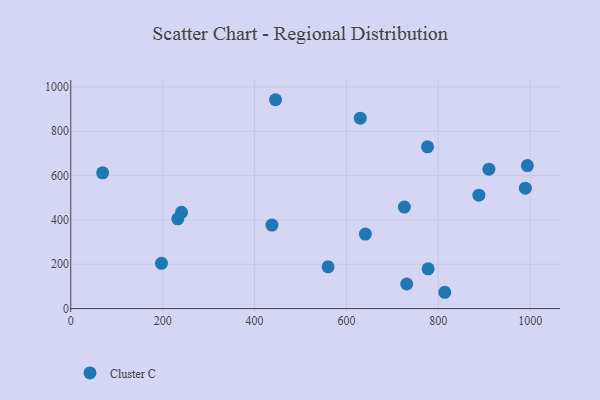
{"axis": {"x": "Distance", "y": "Yield"}, "legend": ["Cluster C"], "data": [{"x": "630.1", "y": 859.2, "type": "Cluster C"}, {"x": "69.4", "y": 612.4, "type": "Cluster C"}, {"x": "888.3", "y": 511.7, "type": "Cluster C"}, {"x": "241.1", "y": 434.1, "type": "Cluster C"}, {"x": "726.2", "y": 458.1, "type": "Cluster C"}, {"x": "560.1", "y": 188.2, "type": "Cluster C"}, {"x": "437.9", "y": 376.7, "type": "Cluster C"}, {"x": "445.8", "y": 942.3, "type": "Cluster C"}, {"x": "993.9", "y": 645.4, "type": "Cluster C"}, {"x": "814.1", "y": 73.6, "type": "Cluster C"}, {"x": "777.9", "y": 179.5, "type": "Cluster C"}, {"x": "641.3", "y": 336.1, "type": "Cluster C"}, {"x": "197.5", "y": 204.1, "type": "Cluster C"}, {"x": "233.0", "y": 405.0, "type": "Cluster C"}, {"x": "731.3", "y": 111.0, "type": "Cluster C"}, {"x": "910.2", "y": 628.9, "type": "Cluster C"}, {"x": "989.5", "y": 543.2, "type": "Cluster C"}, {"x": "776.6", "y": 729.7, "type": "Cluster C"}]}